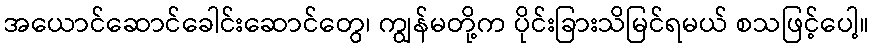
အယောင်ဆောင်ခေါင်းဆောင်တွေ၊ ကျွန်မတို့က ပိုင်းခြားသိမြင်ရမယ် စသဖြင့်ပေါ့။